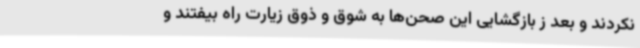
نکردند و بعد ز بازگشایی این صحن‌ها به شوق و ذوق زیارت راه بیفتند و